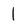
Character: l